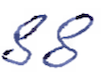
Text: 88
Cross-out: clean
Writing tool: ballpoint